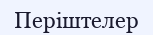
Періштелер